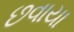
છવાયા